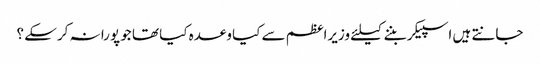
جانتے ہیں اسپیکر بننے کیلئے وزیراعظم سے کیا وعدہ کیا تھا جو پورا نہ کرسکے ؟